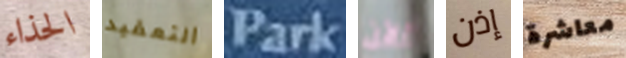
الحذاء التعقيد Park الآن إذن معاشرة